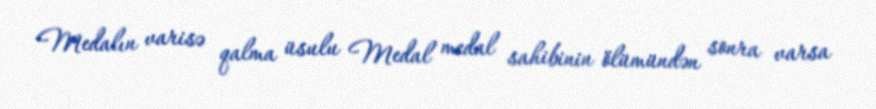
Medalın varisə qalma üsulu Medal medal sahibinin ölümündən sonra varsa